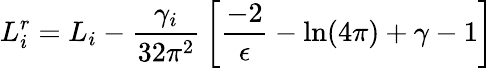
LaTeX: L_{i}^{r}=L_{i}-{\frac{\gamma_{i}}{32\pi^{2}}}\left[{\frac{-2}{\epsilon}}-\ln(4\pi)+\gamma-1\right]